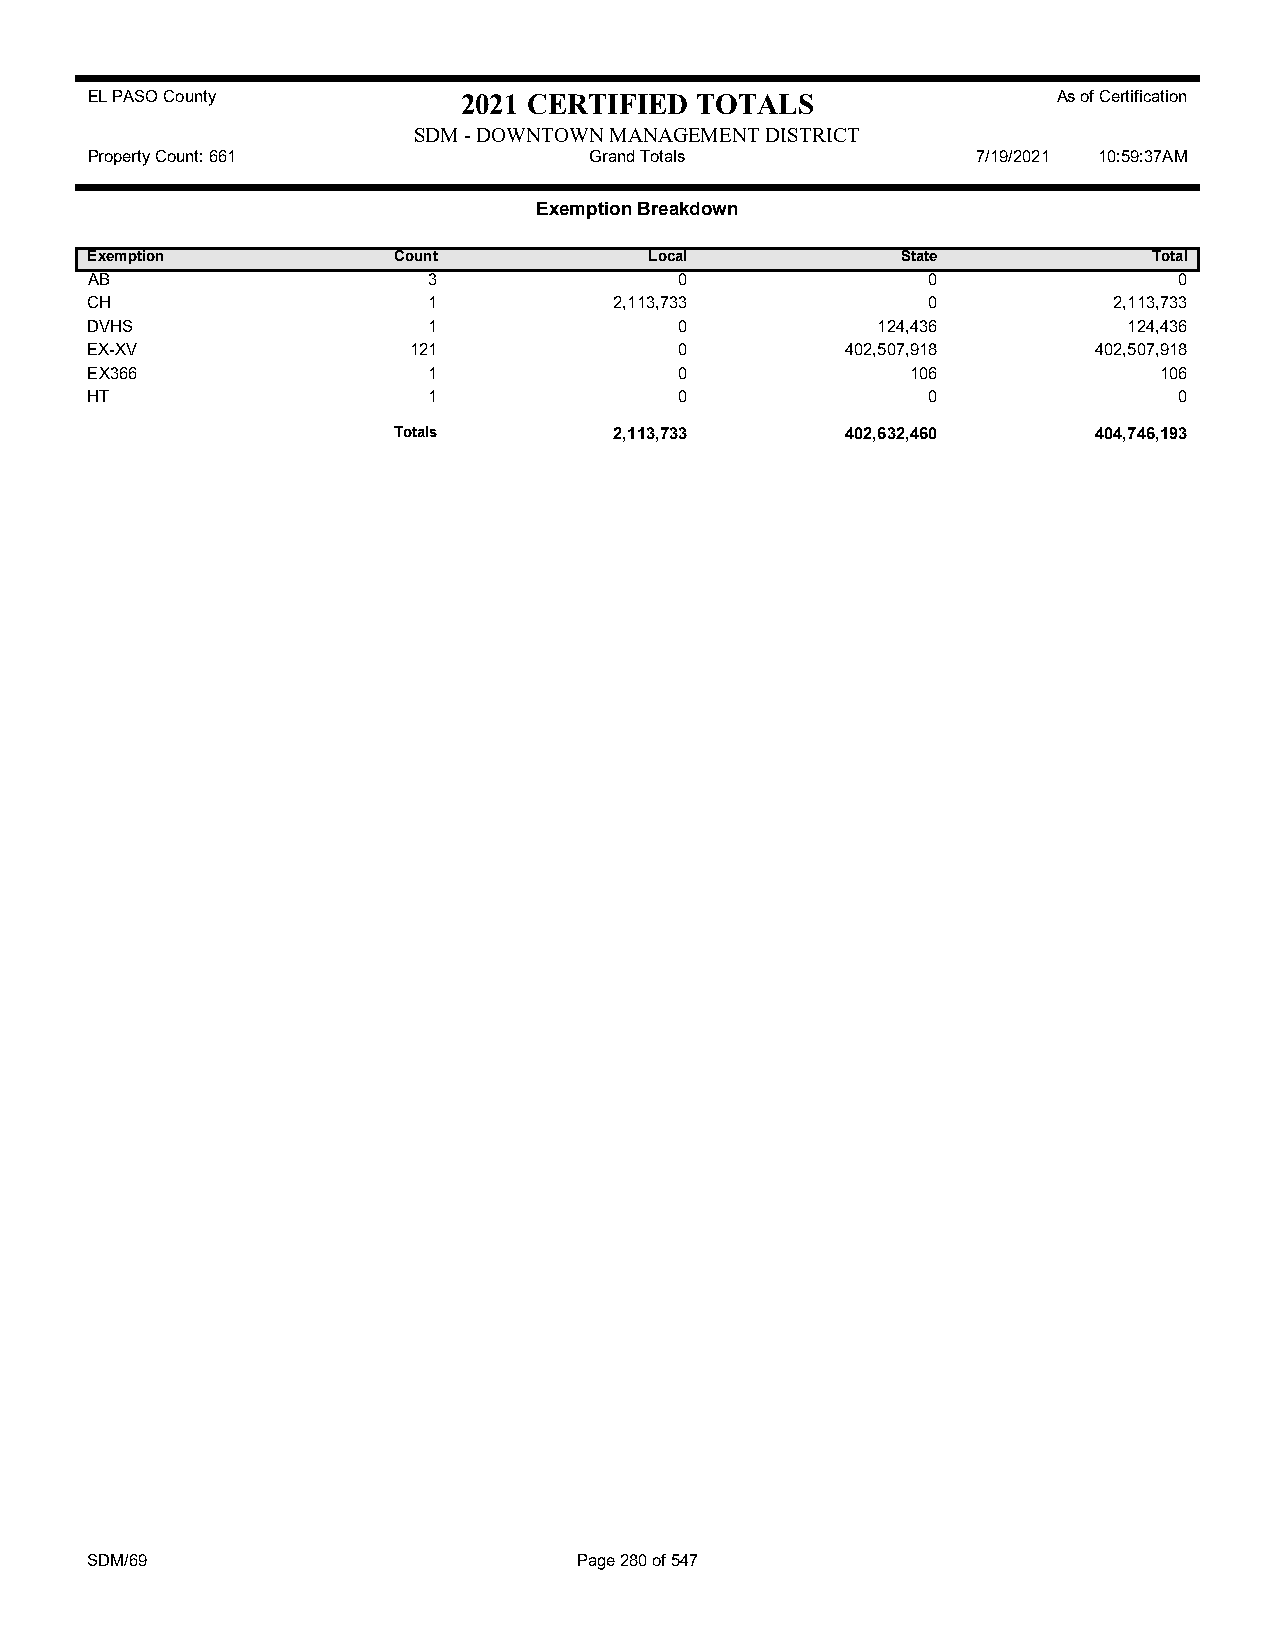
EL PASO County           2021 CERTIFIED TOTALS                  As of Certification
 SDM - DOWNTOWN MANAGEMENT DISTRICT
 Property Count: 661              Grand Totals              7/19/2021 10:59:37AM
 Exemption Breakdown
 Exemption           Count            Local            State           Total
 AB                    3                0               0                0
 CH                    1            2,113,733           0            2,113,733
 DVHS                  1                0            124,436          124,436
 EX-XV                121               0          402,507,918     402,507,918
 EX366                 1                0              106              106
 HT                    1                0               0                0
 Totals         2,113,733      402,632,460     404,746,193
 SDM/69                          Page 280 of 547